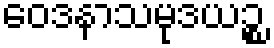
ဝေဒနာသမုဒယဉ္စ